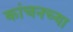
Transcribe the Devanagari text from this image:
कांचनच्या